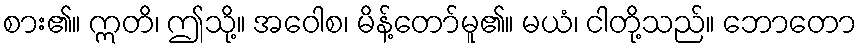
စား၏။ ဣတိ၊ ဤသို့။ အဝေါစ၊ မိန့်တော်မူ၏။ မယံ၊ ငါတို့သည်။ ဘောတော